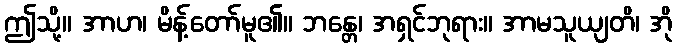
ဤသို့။ အာဟ၊ မိန့်တော်မူ၏။ ဘန္တေ၊ အရှင်ဘုရား။ အာမသူယျတိ၊ အို